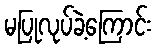
မပြုလုပ်ခဲ့ကြောင်း